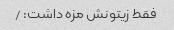
فقط زیتونش مزه داشت: /